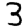
Digit: 3